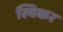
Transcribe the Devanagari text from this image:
स्विकर